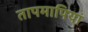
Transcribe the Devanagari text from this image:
तापमापियां